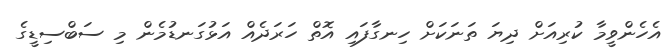
އެހެންވީމާ ކުރިއަށް ދިޔަ ތަނަކަށް ހިނގާފައި އޮތް ހަރަދެއް އަޅުގަނޑުމެން މި ސަބްސިޑީގެ